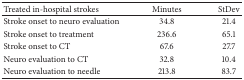
| Treated in-hospital strokes | Minutes | StDev |
 | --- | --- | --- |
 | Stroke onset to neuro evaluation | 34.8 | 21.4 |
 | Stroke onset to treatment | 236.6 | 65.1 |
 | Stroke onset to CT | 67.6 | 27.7 |
 | Neuro evaluation to CT | 32.8 | 10.4 |
 | Neuro evaluation to needle | 213.8 | 83.7 |